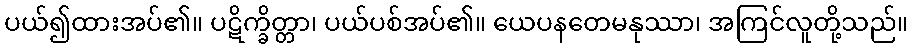
ပယ်၍ထားအပ်၏။ ပဋိက္ခိတ္တာ၊ ပယ်ပစ်အပ်၏။ ယေပနတေမနုဿာ၊ အကြင်လူတို့သည်။